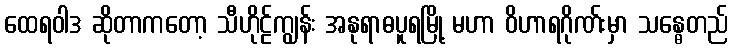
ထေရဝါဒ ဆိုတာကတော့ သီဟိုဠ်ကျွန်း အနုရာဓပူရမြို့ မဟာ ဝိဟာရဂိုဏ်းမှာ သန္ဓေတည်